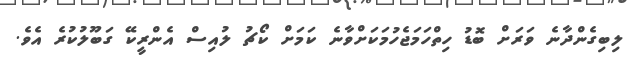
ލިބިގެންދާނެ ވަރަށް ބޮޑު ހިތްހަމަޖެހުމަކަށްވާނެ ކަމަށް ކޯޗު ލުއިސް އެންރީކޭ ގަބޫލުކުރެ އެވެ.